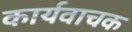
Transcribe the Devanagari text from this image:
कार्यवाचक